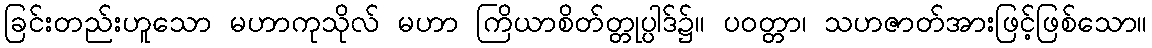
ခြင်းတည်းဟူသော မဟာကုသိုလ် မဟာ ကြိယာစိတ်တ္တုပ္ပါဒ်၌။ ပဝတ္တာ၊ သဟဇာတ်အားဖြင့်ဖြစ်သော။